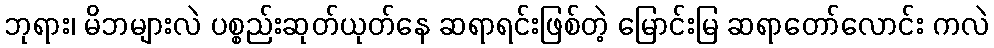
ဘုရား၊ မိဘများလဲ ပစ္စည်းဆုတ်ယုတ်နေ ဆရာရင်းဖြစ်တဲ့ မြောင်းမြ ဆရာတော်လောင်း ကလဲ